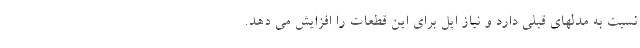
نسبت به مدلهای قبلی دارد و نیاز اپل برای این قطعات را افزایش می دهد.